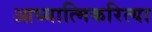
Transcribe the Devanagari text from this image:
आध्यात्मिकरित्या